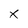
Character: x